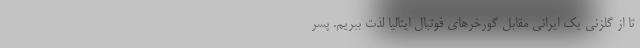
تا از گلزنی یک ایرانی مقابل گورخرهای فوتبال ایتالیا لذت ببریم. پسر